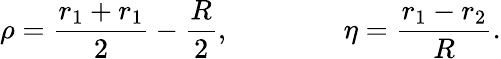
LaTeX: \rho=\frac{r_{1}+r_{1}}{2}-\frac{R}{2},\qquad\qquad\eta=\frac{r_{1}-r_{2}}{R}.